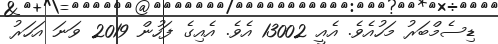
ޑިސެމްބަރު މަހުއެވެ. އެއީ 13002 އެވެ. އެއިގެ ފަހުން 2019 ވަނަ އަހަރު